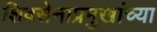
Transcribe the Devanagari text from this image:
शिवसेनाप्रमुखांच्या